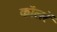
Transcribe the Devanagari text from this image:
कॉलरें